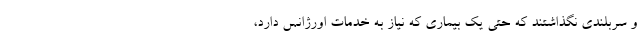
و سربلندی نگذاشتند که حتی یک بیماری که نیاز به خدمات اورژانس دارد،